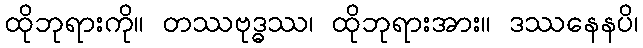
ထိုဘုရားကို။ တဿဗုဒ္ဓဿ၊ ထိုဘုရားအား။ ဒဿနေနပိ၊